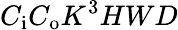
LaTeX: C_{\mathrm{i}}C_{\mathrm{o}}K^{3}HWD